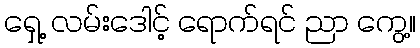
ရှေ့ လမ်းဒေါင့် ရောက်ရင် ညာ ကွေ့။